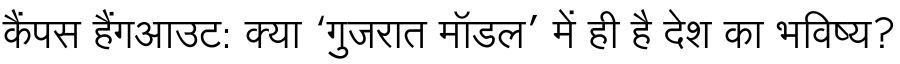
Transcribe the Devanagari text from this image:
कैंपस हैंगआउट: क्या ‘गुजरात मॉडल’ में ही है देश का भविष्य?